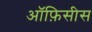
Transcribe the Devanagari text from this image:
ऑफ़िसीस